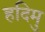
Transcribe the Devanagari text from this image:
हदिमु